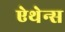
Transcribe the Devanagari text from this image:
ऐथेन्स